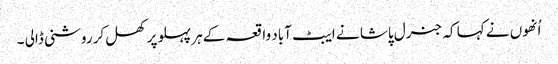
اُنھوں نے کہا کہ جنرل پاشا نے ایبٹ آباد واقعہ کے ہر پہلو پر کھل کر روشنی ڈالی ۔